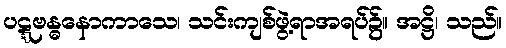
ပဋ္ဋဗန္ဓနောကာသေ၊ သင်းကျစ်ဖွဲ့ရာအရပ်၌။ အဋ္ဌိ၊ သည်။